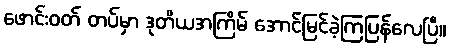
ဖောင်းဝတ် တပ်မှာ ဒုတိယအကြိမ် အောင်မြင်ခဲ့ကြပြန်လေပြီ။